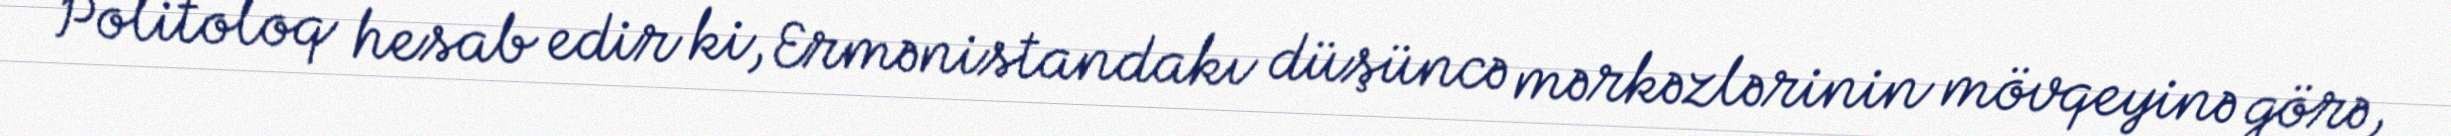
Politoloq hesab edir ki, Ermənistandakı düşüncə mərkəzlərinin mövqeyinə görə,